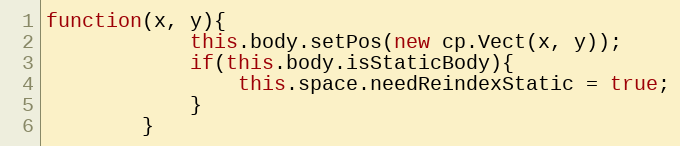
Language: JavaScript
function(x, y){
            this.body.setPos(new cp.Vect(x, y));
            if(this.body.isStaticBody){
                this.space.needReindexStatic = true;
            }
        }